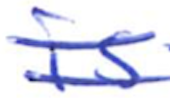
Text: is
Cross-out: double-line
Writing tool: ballpoint